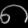
Digit: ၈